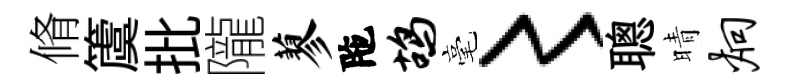
脩𥵂批隴蓼陁鸪毫〻聰晴炯